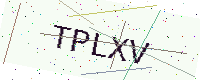
Text: TPLXV